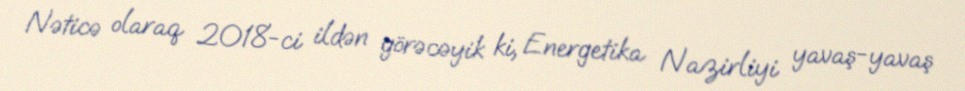
Nəticə olaraq 2018-ci ildən görəcəyik ki, Energetika Nazirliyi yavaş-yavaş